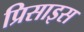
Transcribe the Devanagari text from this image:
प्रिसाइस